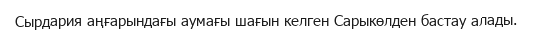
Сырдария аңғарындағы аумағы шағын келген Сарыкөлден бастау алады.